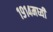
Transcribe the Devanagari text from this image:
१९१४मध्यी